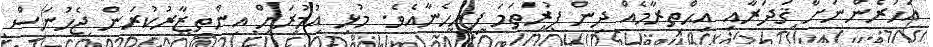
އަހަރެންނަށް ޤަދަރާއި އިޙްތިރާމެއް ދިން ފުރަތަމަ ފިރިހެނާއެވެ. މުޅި އުމުރަށް އިންތިޒާރުކުރަން ޖެހުނަސް